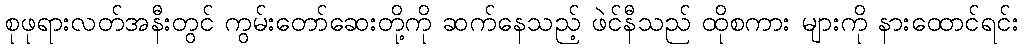
စုဖုရားလတ်အနီးတွင် ကွမ်းတော်ဆေးတို့ကို ဆက်နေသည့် ဖဲင်နီသည် ထိုစကား များကို နားထောင်ရင်း